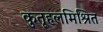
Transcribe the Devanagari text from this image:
कुतूहलमिश्रित